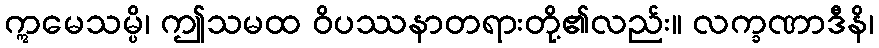
ဣမေသမ္ပိ၊ ဤသမထ ဝိပဿနာတရားတို့၏လည်း။ လက္ခဏာဒီနိ၊